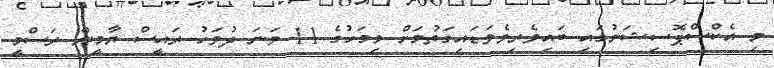
މި އެކްސްޕޮސިޝަނުގައި ބައިވެރިވެވަޑައިގަތުމަށް މިމަހުގެ 11 ވަނަ ދުވަހު ރައީސް ޔާމީން ރަސްމީ